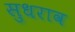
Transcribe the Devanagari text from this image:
सुधराव